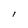
Character: l